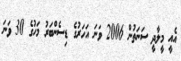
އެއީ މީލާދީ ސަނަތުން 2006 ވަނަ އަހަރުގެ ޑިސެންބަރު މަހުގެ 30 ވަނަ